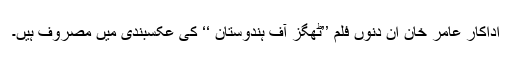
اداکار عامر خان ان دنوں فلم ’’ٹھگز آف ہندوستان ‘‘ کی عکسبندی میں مصروف ہیں۔